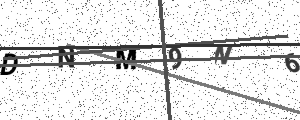
Text: DNM9N6